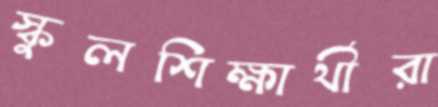
স্কুলশিক্ষার্থীরা